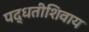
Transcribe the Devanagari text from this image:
पद्धतीशिवाय